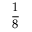
\frac { 1 } { 8 }